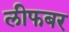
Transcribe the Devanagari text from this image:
लीफबर